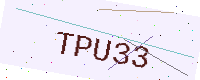
Text: TPU33